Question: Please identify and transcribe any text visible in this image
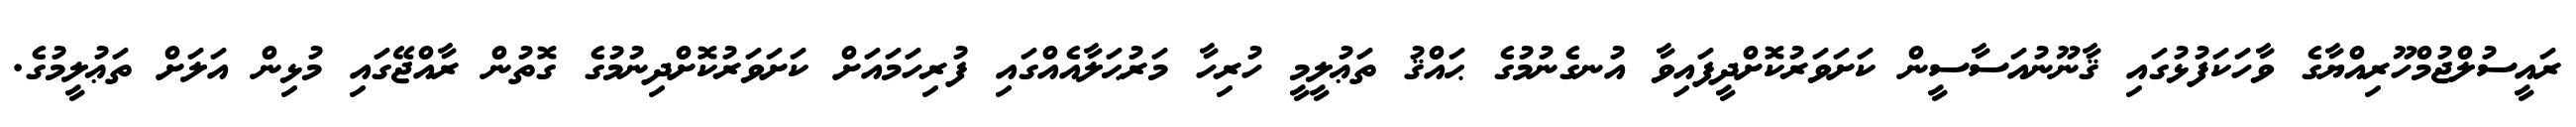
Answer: ރައީސުލްޖުމްހޫރިއްޔާގެ ވާހަކަފުޅުގައި ޤާނޫނުއަސާސީން ކަށަވަރުކޮށްދީފައިވާ އުނގެނުމުގެ ޙައްޤު ތަޢުލީމީ ހުރިހާ މަރުޙަލާއެއްގައި ފުރިހަމައަށް ކަށަވަރުކޮށްދިނުމުގެ ގޮތުން ރާއްޖޭގައި މުޅިން އަލަށް ތަޢުލީމުގެ.